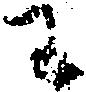
わ